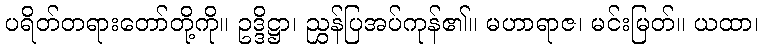
ပရိတ်တရားတော်တို့ကို။ ဥဒ္ဒိဋ္ဌာ၊ ညွှန်ပြအပ်ကုန်၏။ မဟာရာဇ၊ မင်းမြတ်။ ယထာ၊